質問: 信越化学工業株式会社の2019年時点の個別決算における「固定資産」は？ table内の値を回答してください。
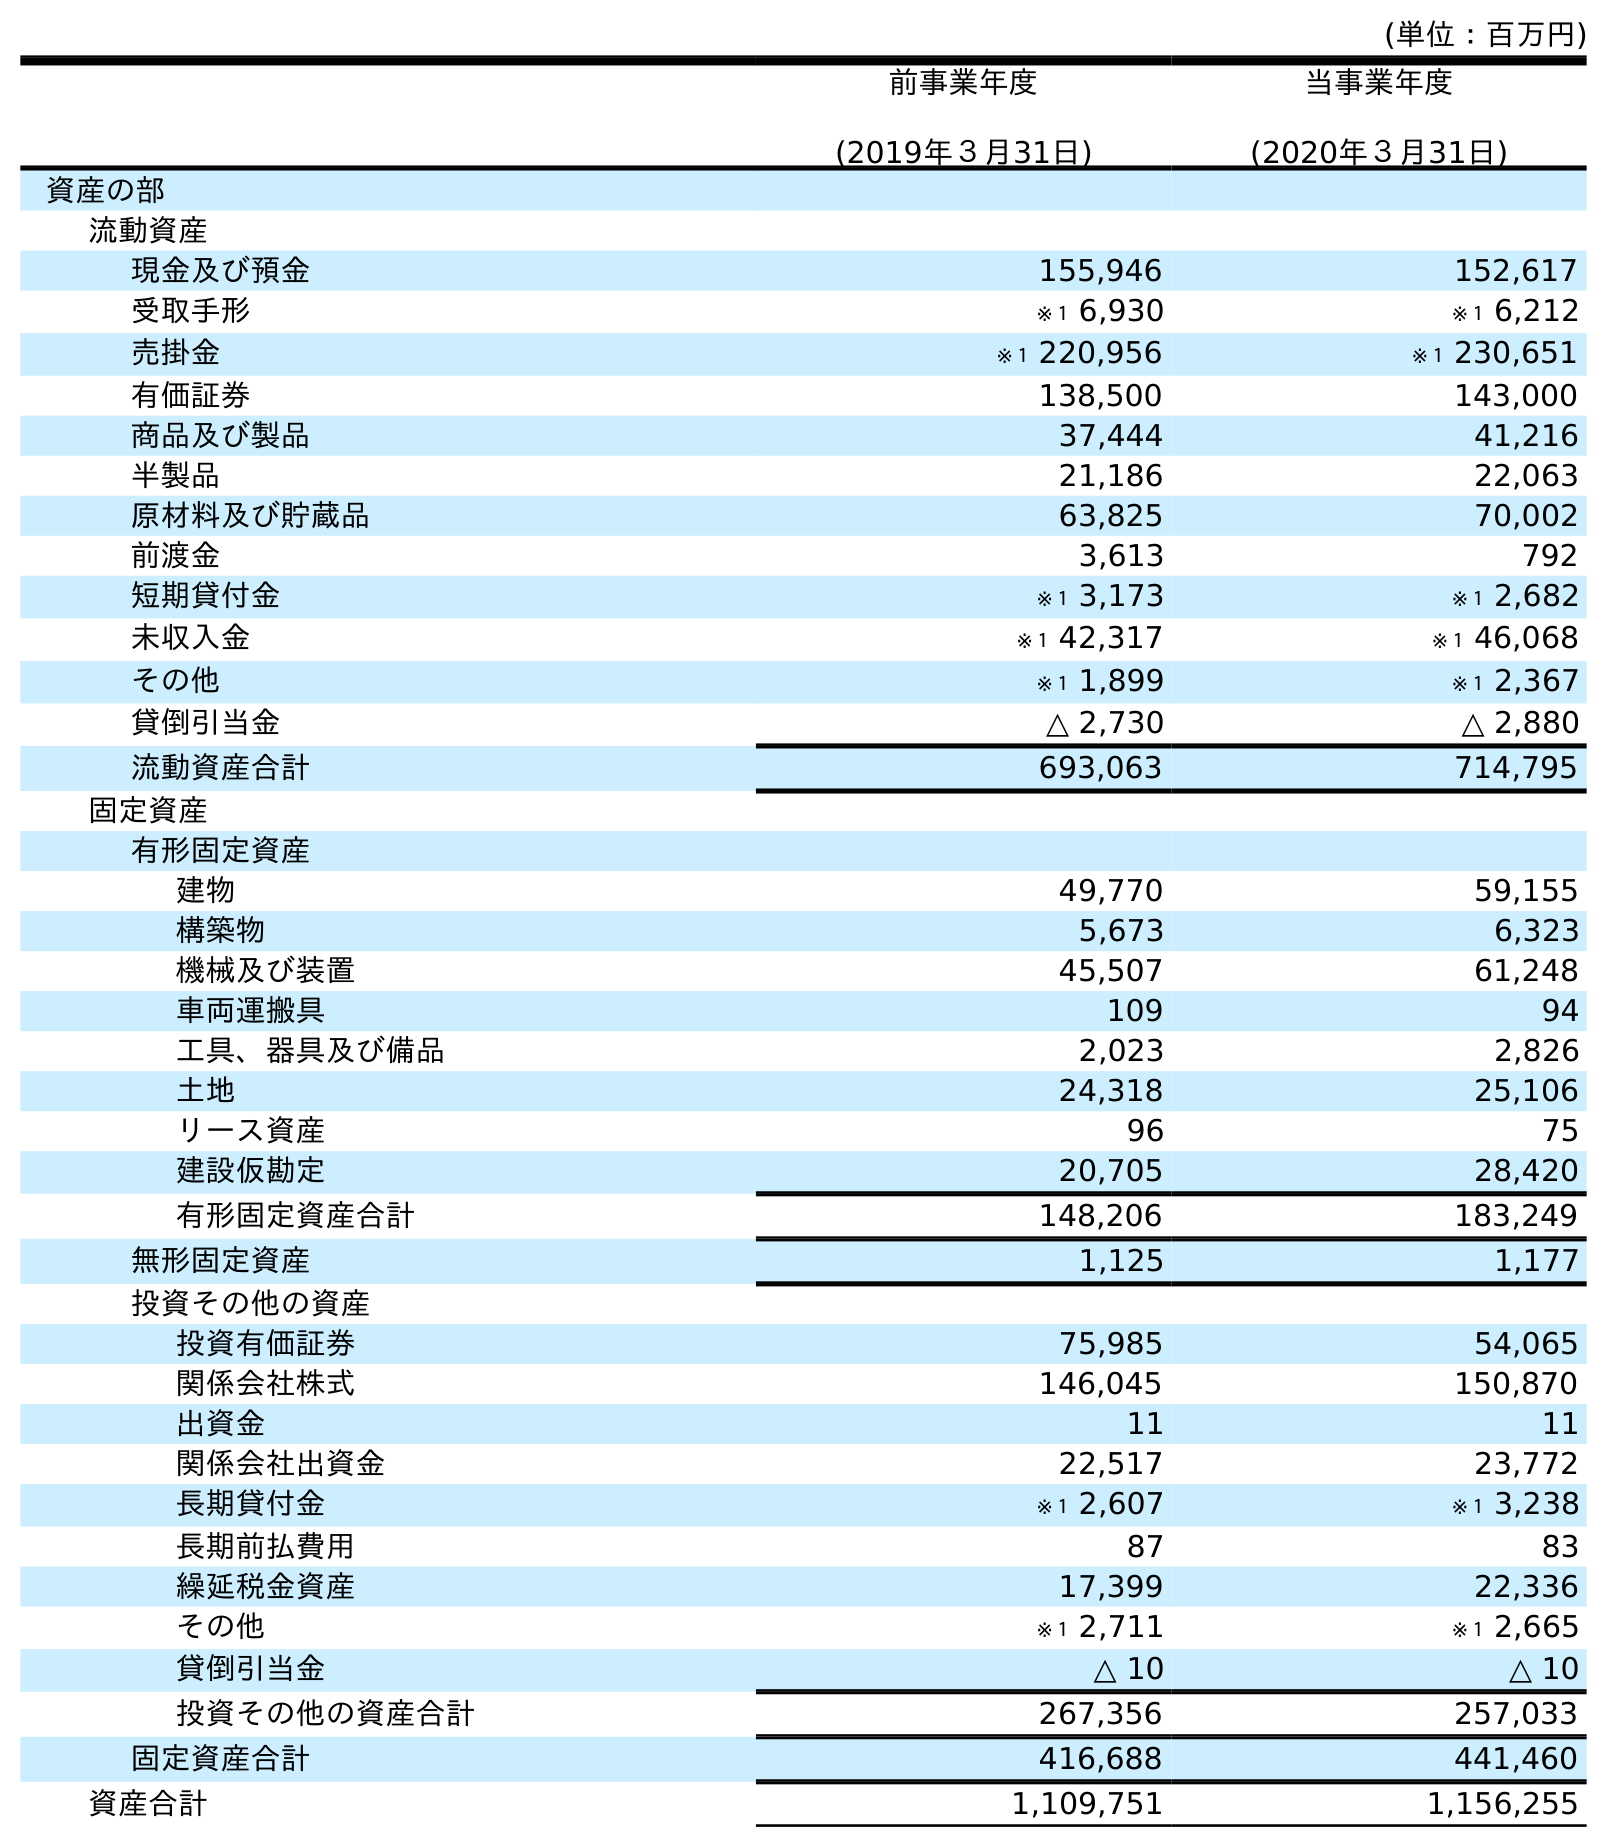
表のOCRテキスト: (単位：百万円) 前事業年度 (2019年３月31日) 当事業年度 (2020年３月31日) 資産の部 流動資産 現金及び預金 155,946 152,617 受取手形 ※１ 6,930 ※１ 6,212 売掛金 ※１ 220,956 ※１ 230,651 有価証券 138,500 143,000 商品及び製品 37,444 41,216 半製品 21,186 22,063 原材料及び貯蔵品 63,825 70,002 前渡金 3,613 792 短期貸付金 ※１ 3,173 ※１ 2,682 未収入金 ※１ 42,317 ※１ 46,068 その他 ※１ 1,899 ※１ 2,367 貸倒引当金 △ 2,730 △ 2,880 流動資産合計 693,063 714,795 固定資産 有形固定資産 建物 49,770 59,155 構築物 5,673 6,323 機械及び装置 45,507 61,248 車両運搬具 109 94 工具、器具及び備品 2,023 2,826 土地 24,318 25,106 リース資産 96 75 建設仮勘定 20,705 28,420 有形固定資産合計 148,206 183,249 無形固定資産 1,125 1,177 投資その他の資産 投資有価証券 75,985 54,065 関係会社株式 146,045 150,870 出資金 11 11 関係会社出資金 22,517 23,772 長期貸付金 ※１ 2,607 ※１ 3,238 長期前払費用 87 83 繰延税金資産 17,399 22,336 その他 ※１ 2,711 ※１ 2,665 貸倒引当金 △ 10 △ 10 投資その他の資産合計 267,356 257,033 固定資産合計 416,688 441,460 資産合計 1,109,751 1,156,255
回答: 416,688